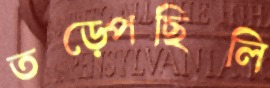
তড়্‌পেছিলি